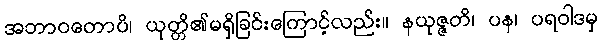
အဘာဝတောပိ၊ ယုတ္တိ၏မရှိခြင်းကြောင့်လည်း။ နယုဇ္ဇတိ၊ ပန၊ ပရဝါဒမှ